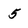
Character: 5